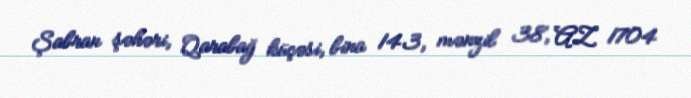
Şabran şəhəri, Qarabağ küçəsi, bina 143, mənzil 38, AZ 1704